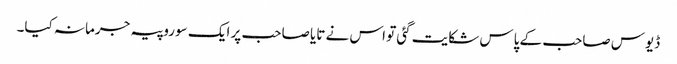
ڈیوس صاحب کے پاس شکایت گئی تو اس نے تایا صاحب پر ایک سو روپیہ جرمانہ کیا۔